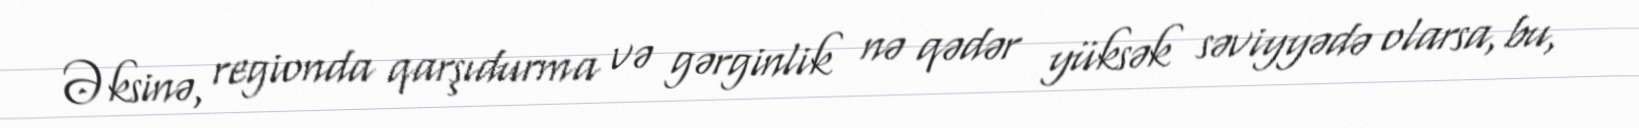
Əksinə, regionda qarşıdurma və gərginlik nə qədər yüksək səviyyədə olarsa, bu,